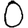
Digit: 0